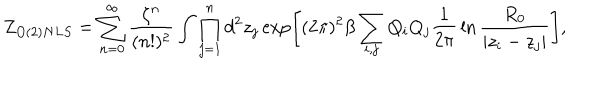
Z _ { O ( 2 ) N L S } = \sum _ { n = 0 } ^ { \infty } { \frac { \zeta ^ { n } } { ( n ! ) ^ { 2 } } } \int \prod _ { j = 1 } ^ { n } d ^ { 2 } z _ { j } \exp \left[ ( 2 \pi ) ^ { 2 } \beta \sum _ { i , j } Q _ { i } Q _ { j } { \frac { 1 } { 2 \pi } } \ln { \frac { R _ { 0 } } { | z _ { i } - z _ { j } | } } \right] ,